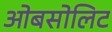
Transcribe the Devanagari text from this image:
ओबसोलिट